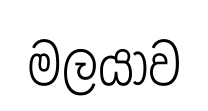
මලයාව